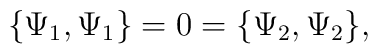
\{\Psi_{1},\Psi_{1}\}=0=\{\Psi_{2},\Psi_{2}\} ,